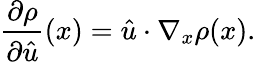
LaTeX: \frac{\partial\rho}{\partial\hat{u}}(x)=\hat{u}\cdot\nabla_{x}\rho(x).